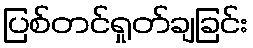
ပြစ်တင်ရှုတ်ချခြင်း